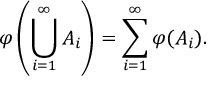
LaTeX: \varphi \left( \bigcup _ { i = 1 } ^ { \infty } A _ { i } \right) = \sum _ { i = 1 } ^ { \infty } \varphi ( A _ { i } ) .